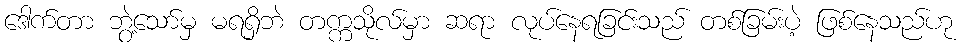
ဒေါက်တာ ဘွဲ့သော်မှ မရရှိဘဲ တက္ကသိုလ်မှာ ဆရာ လုပ်နေရခြင်းသည် တစ်ခြမ်းပဲ့ ဖြစ်နေသည်ဟု